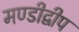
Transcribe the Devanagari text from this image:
मण्डीद्वीप